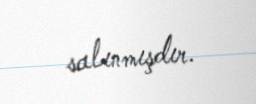
salınmışdır.